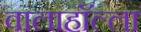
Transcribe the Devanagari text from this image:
वालाहाॅल्ला